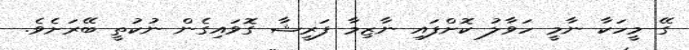
ގޭ މީހަކާ ނާމީ ހަވާލު ކޮށްފައި ނާޒިމާ ފަރީޝާ ގޮވައިގެން ނުކުތީ ބޭރަށެވެ.